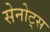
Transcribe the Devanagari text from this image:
सेनोट्स